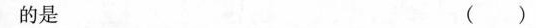
的是 ( )